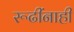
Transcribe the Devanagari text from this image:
रूढींनाही